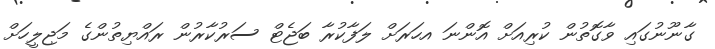
ގާނޫނުގައި ވާގޮތުން ކުރިއަށް އޮންނަ އހަރަށް ލަފާކުރާ ބަޖެޓް ސަރުކާރުން ރައްޔިތުންގެ މަޖިލީހަށް